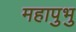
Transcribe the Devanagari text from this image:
महापुभु